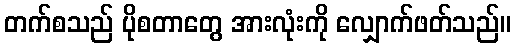
တက်စသည် ပိုစတာတွေ အားလုံးကို လျှောက်ဖတ်သည်။